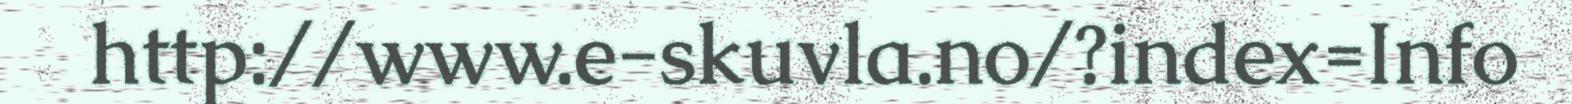
http://www.e-skuvla.no/?index=Info